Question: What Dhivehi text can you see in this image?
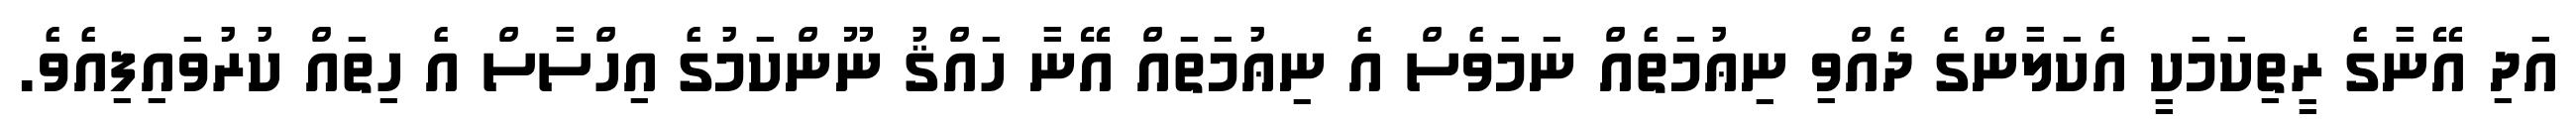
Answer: އަދި އޭނާގެ ރީތިކަމަކީ އެކަލާންގެ ދެއްވި ނިޢުމަތެއް ނަމަވެސް އެ ނިޢުމަތައް އޭނާ ހައްޤު ނޫންކަމުގެ އިހްސާސް އެ ހިތައް ކުރުވައިފިއެވެ.